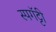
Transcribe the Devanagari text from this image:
स्पगॅट्टी